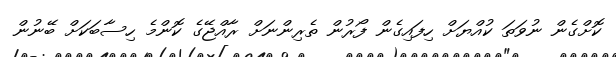
ކޮށްގެން ނުވަތަ ކުއްޔަށް ހިފައިގެން ފޯރުން ތެރިންނަށް ރާއްޖޭގެ ކޮންމެ ހިސާބަކަށް ބޭނުން